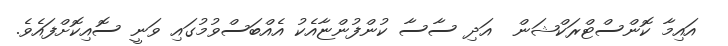
އައިމާ ކޮންސްޓްރަކްޝަން  އަދި ސާސާ ކުންފުންޏާއެކު އެއްބަސްވުމުގައި ވަނީ ސޮއިކޮށްފައެވެ.